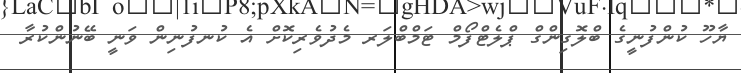
ޔާހޫ ކުންފުނީގެ ބްލޮގިންގް ޕްލެޓްފޯމް ޓަމްބްލަރ މެދުވެރިކޮށް އެ ކުނފުނިން ވަނީ ބޭނުންކުރާ